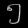
Digit: ၅